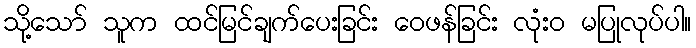
သို့သော် သူက ထင်မြင်ချက်ပေးခြင်း ဝေဖန်ခြင်း လုံးဝ မပြုလုပ်ပါ။